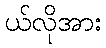
ယ်လိုအား